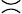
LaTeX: \asymp